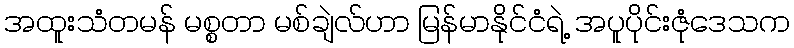
အထူးသံတမန် မစ္စတာ မစ်ချဲလ်ဟာ မြန်မာနိုင်ငံရဲ့ အပူပိုင်းဇုံဒေသက